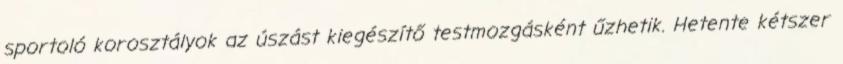
sportoló korosztályok az úszást kiegészítő testmozgásként űzhetik. Hetente kétszer